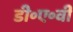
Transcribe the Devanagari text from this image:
डी॰ए॰वी